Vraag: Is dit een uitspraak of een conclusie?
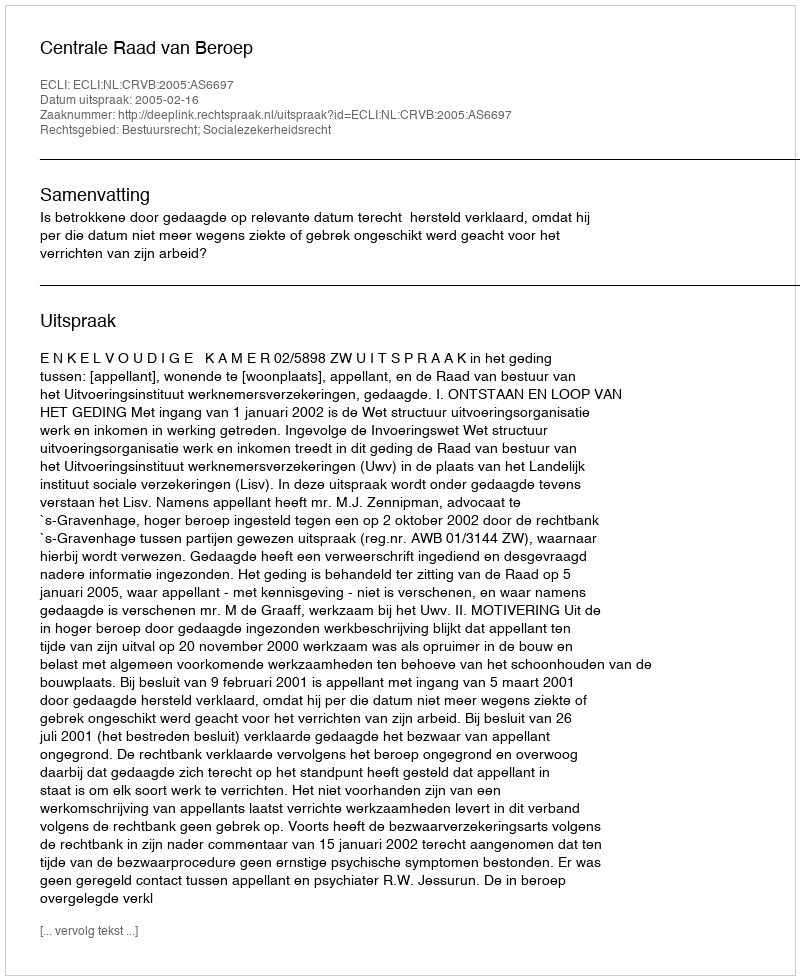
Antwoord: Uitspraak